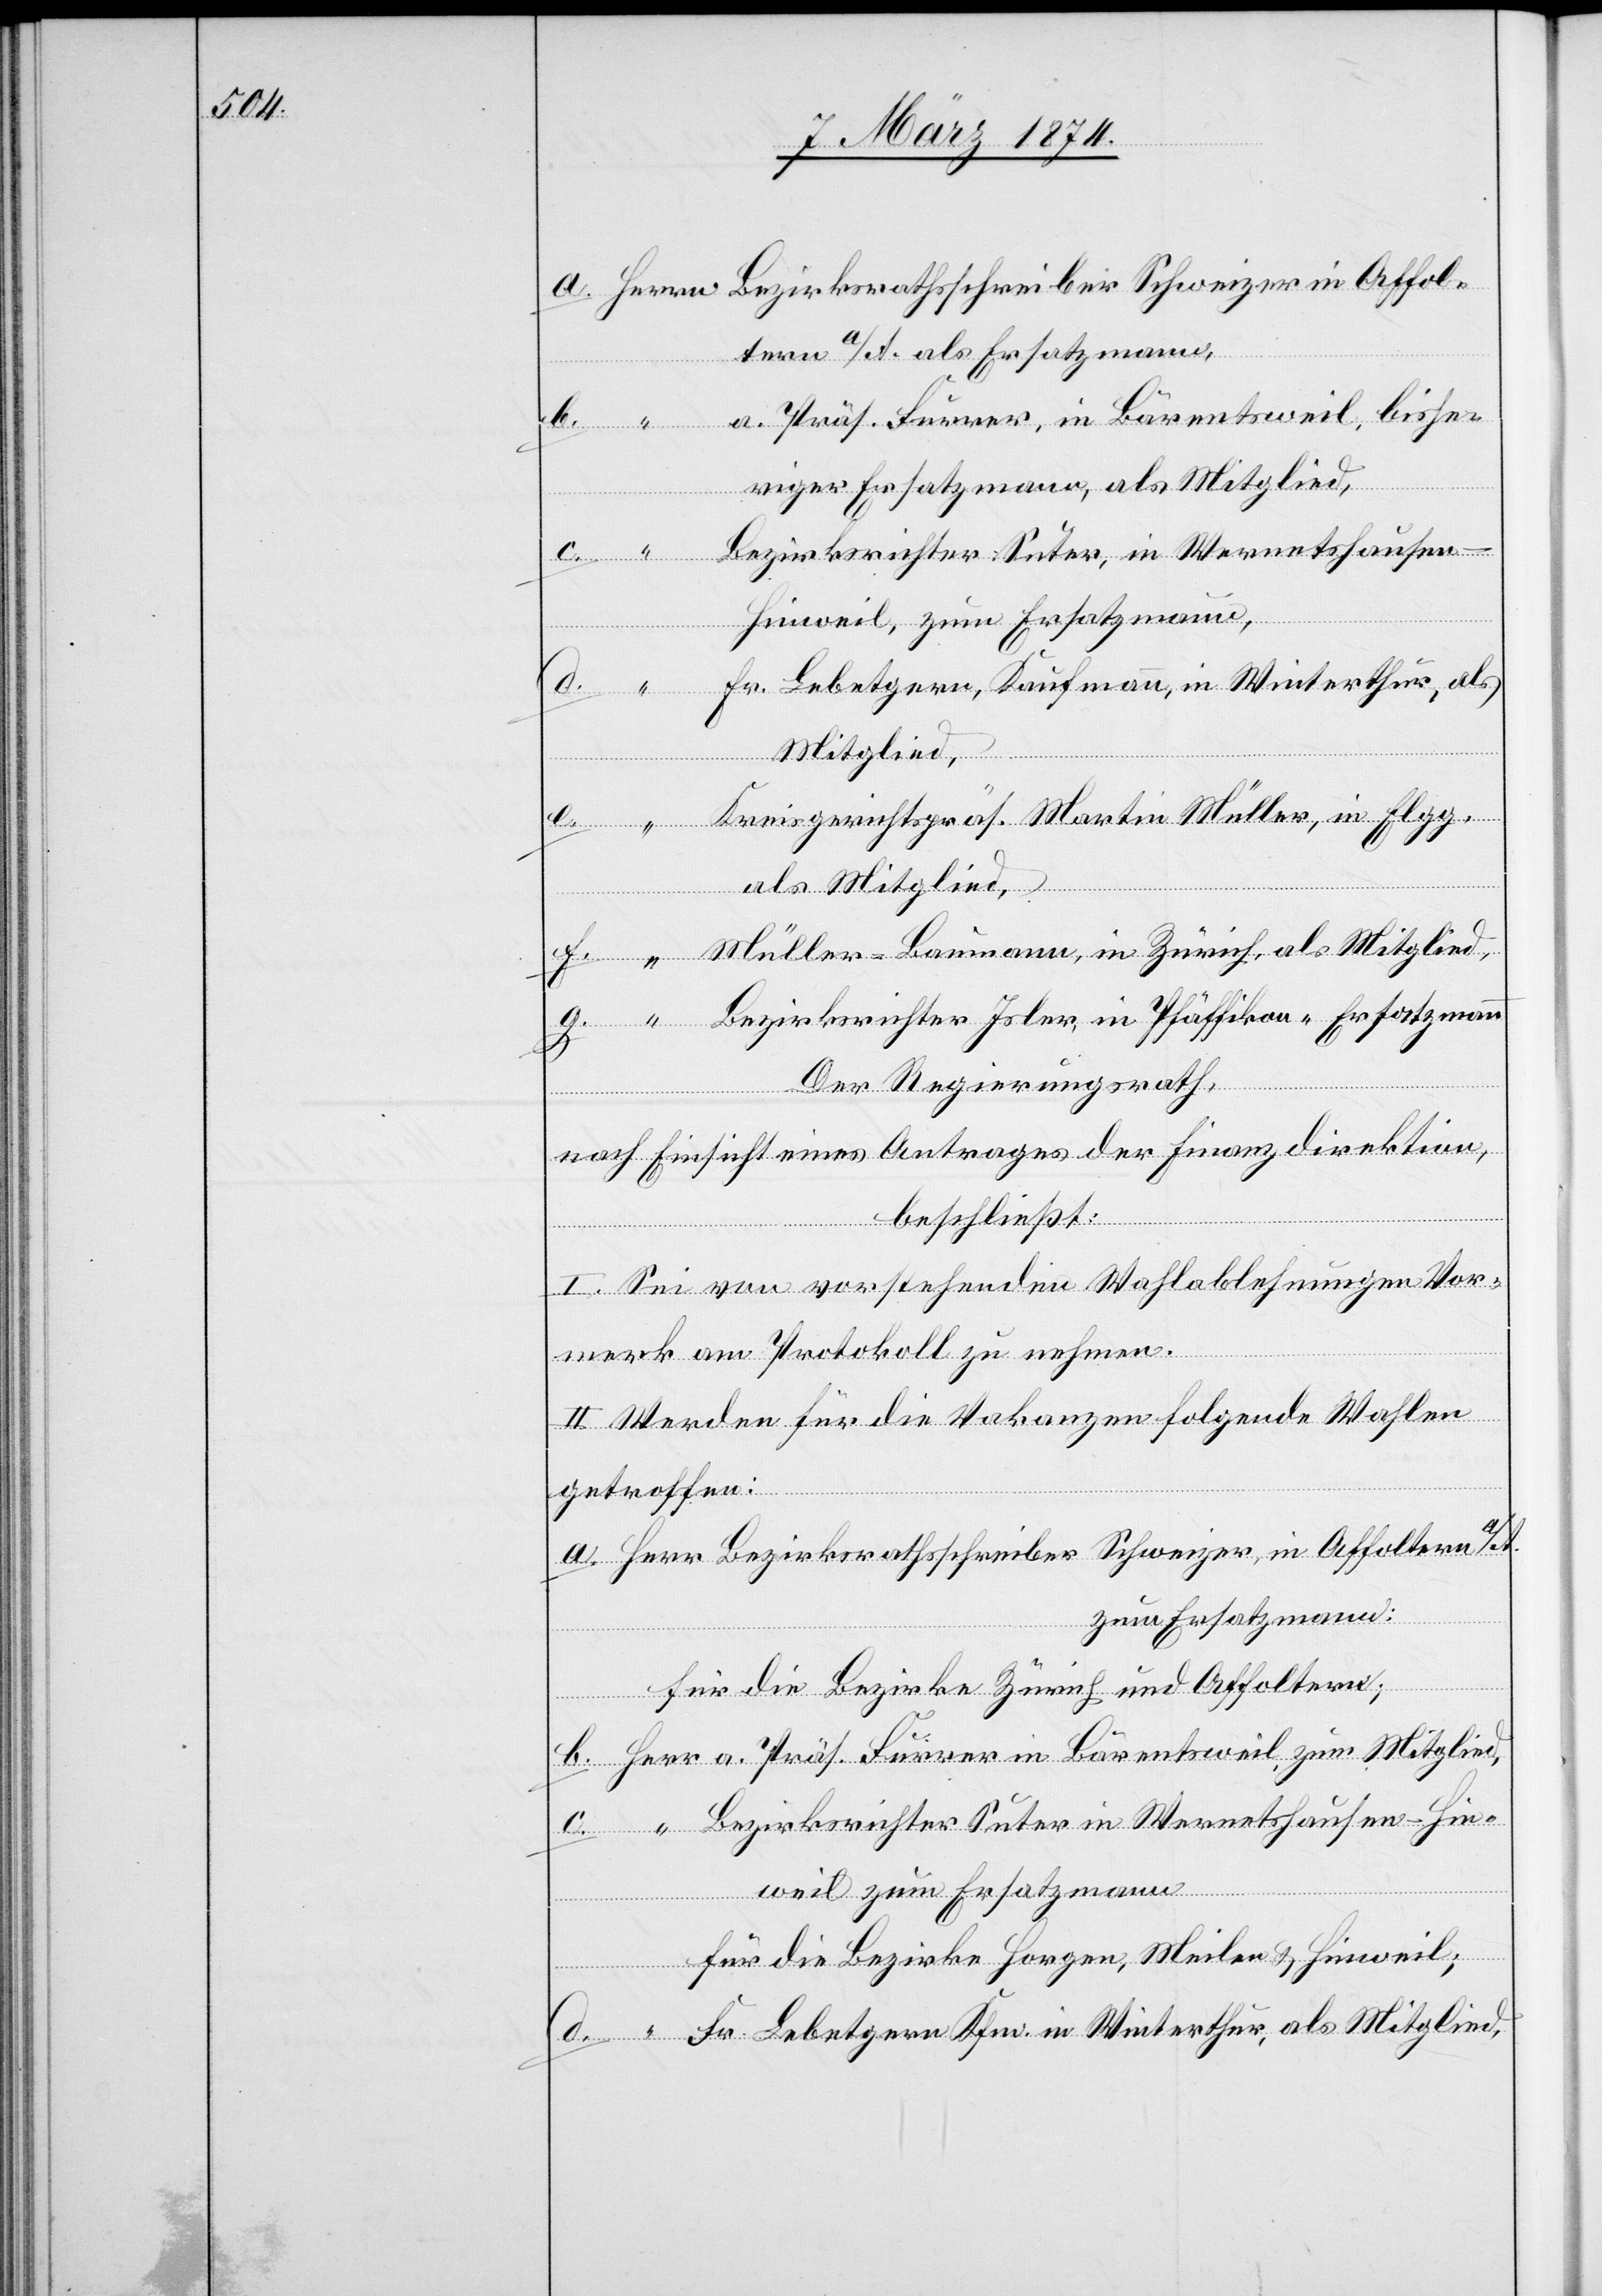
Affol¬

tern a/A. als Ersatzmann,
a. Präs. Furrer, in Bärentsweil, bishe¬
riger Ersatzmann, als Mitglied
in
Kreisgerichtspräs. Martin Müller, in Elgg,
als Mitglied
Müller-Baumann, in Zürich, als Mitglied
Bezirksrichter Isler, in Pfäffikon, Ersatzmann
Der Regierungsrath,
nach Einsicht eines Antrages der Finanzdirektion
beschließt:
I. Sei von vorstehenden Wahlablehnungen Vor¬
merk am Protokoll zu nehmen.
II. Werden für die Vakanzen folgende Wahlen
getroffen:
a. Herr Bezirksrathsschreiber Schweizer, in Affoltern
zum Ersatzmann:
für die Bezirke Zürich und Affoltern;
b. Herr a. Präs. Furrer in Bärentsweil, zum Mitglied,
c. “ Bezirksrichter Suter in Wernetshausen-Hin¬
weil zum Ersatzmann
d.
für die Bezirke Horgen, Meilen u. Hinweil;
d. “ Fr. Lebetgern Kfm. in Winterthur, als Mitglied,

e.